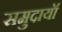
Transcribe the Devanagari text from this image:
समुदायॉ